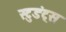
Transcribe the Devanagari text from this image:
स्टुडंट्‌स